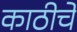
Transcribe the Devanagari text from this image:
काठीचे